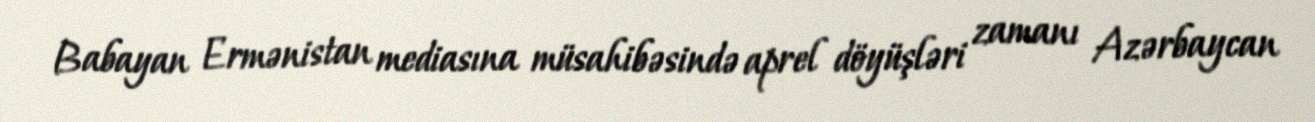
Babayan Ermənistan mediasına müsahibəsində aprel döyüşləri zamanı Azərbaycan